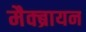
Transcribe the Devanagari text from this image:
मैक्ब्रायन